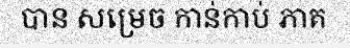
បាន សម្រេច កាន់កាប់ ភាគ